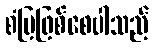
စံပြဖြစ်စေပါသည်